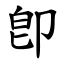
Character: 卽